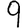
Digit: 9